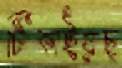
টিকাইয়াছ